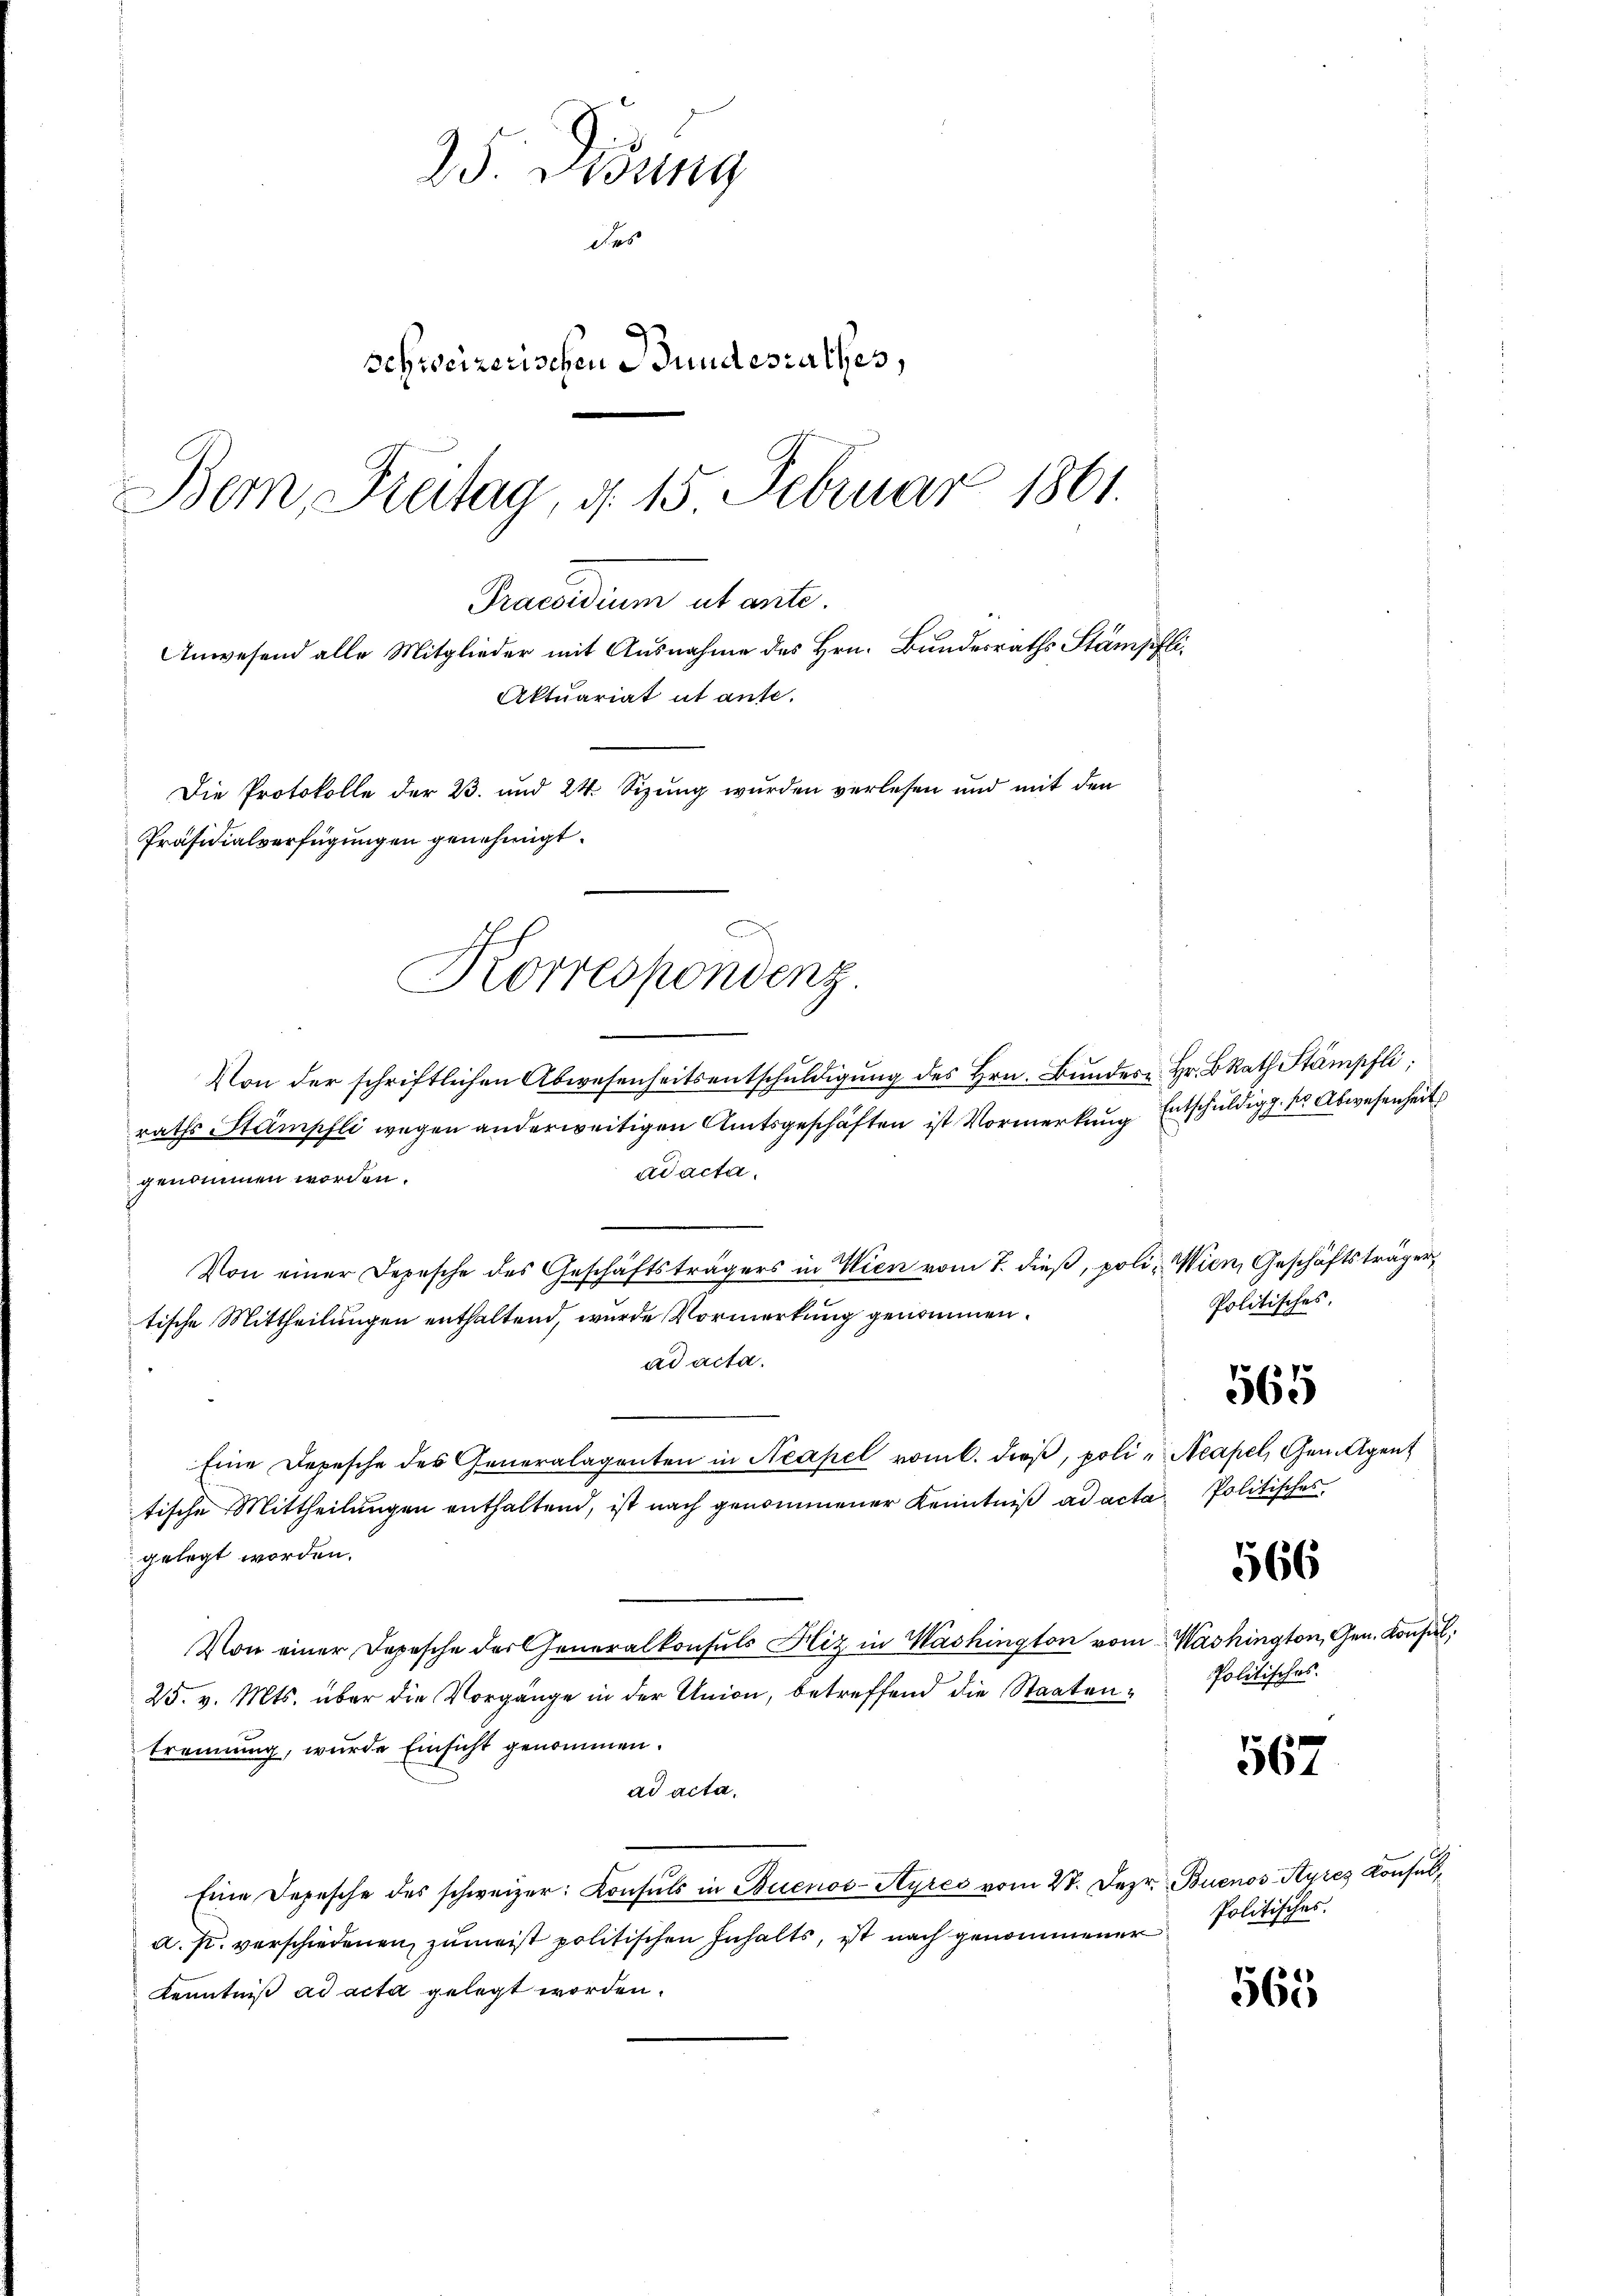
25. Lesung
des
schweizerischen Bundesrathes,
Bern, Freitag, d. 15. Februar 1861.

Praesidium abante.
Präsidialverfügungen genehmigt.
Korrespondenz.

Von der schriftlichen Abwesenheits entschŭldigŭng des Hrn. Bŭndes Hr. BRat Stämpfli
raths-Stampfli wegen anderweitigen Amtsgeschäften ist Vormerkung Entschuldigg, ser Abwesenheit
ad acta.
genommen worden.
Von einer Depesche des Geschäftsträgers in Wien vom 7. dieβ, poli- Wien, Geschäftsträger
tische Mittheilungen enthaltend, wurde Vormerkung genommen.
ad acta.
Eine Depesche des Generalagenten in Neapel vom l. dieβ, poli-Acapel, Gem. Agent
tische Mittheilungen enthaltend, ist nach genommener Kenntniß ad acta Politisches
gelegt worden.
Von einer Depesche der Generalkonsuls Hiz in Washington vom Washington, Gen. Konsul,
25. v. Mts. über die Vorgänge in der Union, betreffend die Staatentrennung, wurde Einsicht genommen.
ad acta.
Eine Depesche des schweizer: Consuls in Buenos-Ayres vom 27. Dez. Buenos-Ayres Konsul,
a. p. verschiedenen zumeist politischen Inhalts, ist nach genommener
Kenntniß ad acta gelegt worden.

Anwesend alle Mitglieder mit Ausnahme des Hrn. Bundesraths Stämpfli¬
Aktuariat et ante.
Die Protokolle der 23. und 24. Sizung wurden verlesen und mit den

Politisches.

565

566

olitisches.

8
561

Politisches.

563